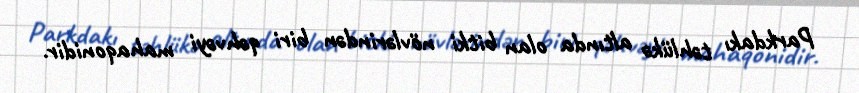
Parkdakı təhlükə altında olan bitki növlərindən biri qəhvəyi mahaqonidir.